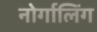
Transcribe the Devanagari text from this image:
नोर्गालिंग